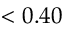
< 0 . 4 0